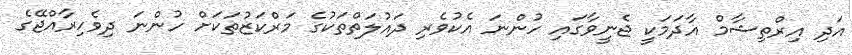
އަދި އިރްތިޝާމް އާދަމަކީ ޖެނީވާގައި ހުންނަ އެކުވެރި ދައުލަތްތަކުގެ މަރްކަޒުތަކަށް ހުންނަ ދިވެހިރާއްޖޭގެ